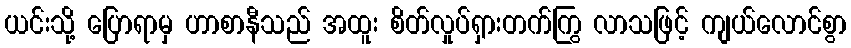
ယင်းသို့ ပြောရာမှ ဟာစာနီသည် အထူး စိတ်လှုပ်ရှားတက်ကြွ လာသဖြင့် ကျယ်လောင်စွာ